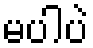
မပါပဲ